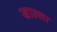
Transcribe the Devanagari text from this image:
खाल्‍ला